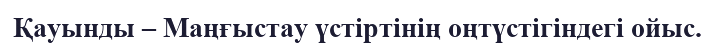
Қауынды – Маңғыстау үстіртінің оңтүстігіндегі ойыс.